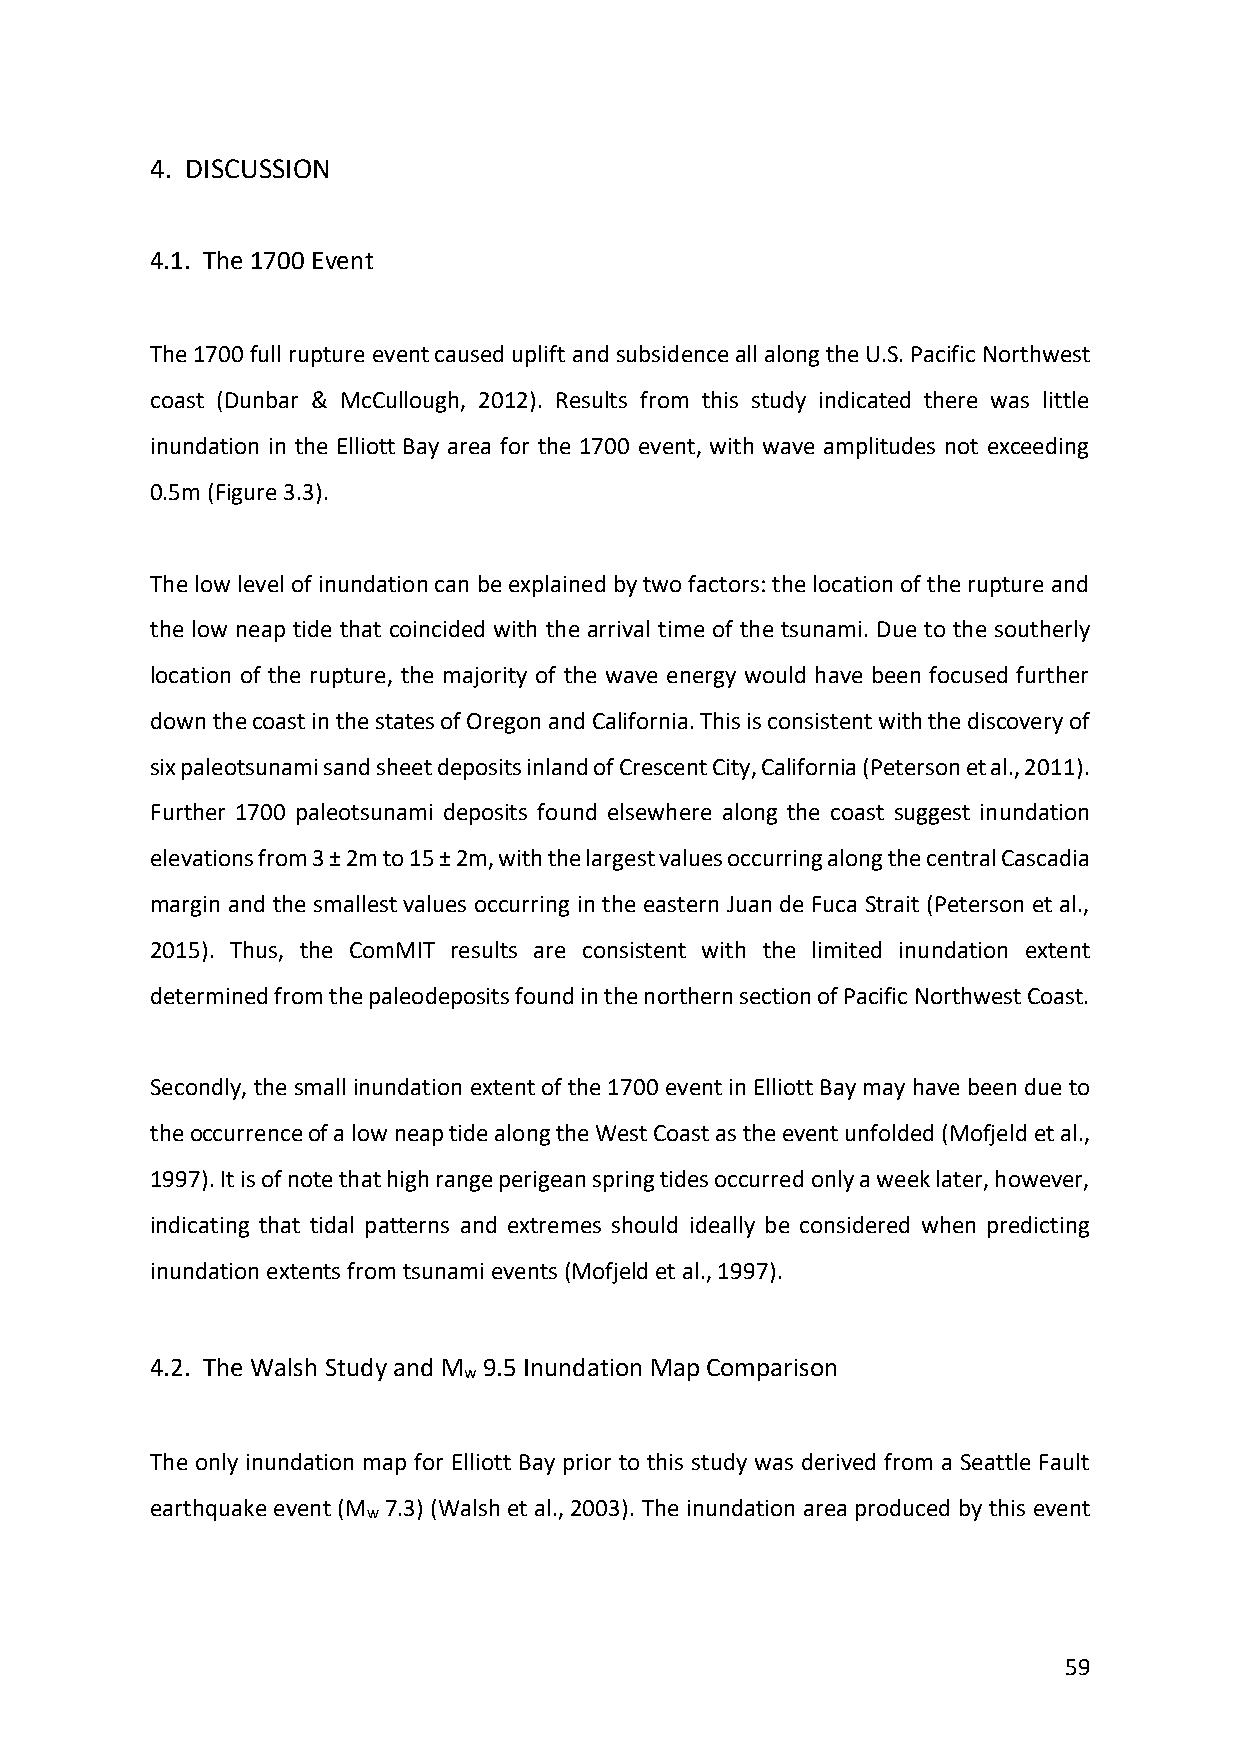
4. DISCUSSION
 4.1. The 1700 Event
 The 1700 full rupture event caused uplift and subsidence all along the U.S. Pacific Northwest
 coast (Dunbar & McCullough, 2012). Results from this study indicated there was little
 inundation in the Elliott Bay area for the 1700 event, with wave amplitudes not exceeding
 0.5m (Figure 3.3).
 The low level of inundation can be explained by two factors: the location of the rupture and
 the low neap tide that coincided with the arrival time of the tsunami. Due to the southerly
 location of the rupture, the majority of the wave energy would have been focused further
 down the coast in the states of Oregon and California. This is consistent with the discovery of
 six paleotsunami sand sheet deposits inland of Crescent City, California (Peterson et al., 2011).
 Further 1700 paleotsunami deposits found elsewhere along the coast suggest inundation
 elevations from 3 ± 2m to 15 ± 2m, with the largest values occurring along the central Cascadia
 margin and the smallest values occurring in the eastern Juan de Fuca Strait (Peterson et al.,
 2015). Thus, the ComMIT results are consistent with the limited inundation extent
 determined from the paleodeposits found in the northern section of Pacific Northwest Coast.
 Secondly, the small inundation extent of the 1700 event in Elliott Bay may have been due to
 the occurrence of a low neap tide along the West Coast as the event unfolded (Mofjeld et al.,
 1997). It is of note that high range perigean spring tides occurred only a week later, however,
 indicating that tidal patterns and extremes should ideally be considered when predicting
 inundation extents from tsunami events (Mofjeld et al., 1997).
 4.2. The Walsh Study and M 9.5 Inundation Map Comparison
 w
 The only inundation map for Elliott Bay prior to this study was derived from a Seattle Fault
 earthquake event (M 7.3) (Walsh et al., 2003). The inundation area produced by this event
 w
 59